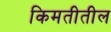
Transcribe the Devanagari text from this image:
किमतीतील